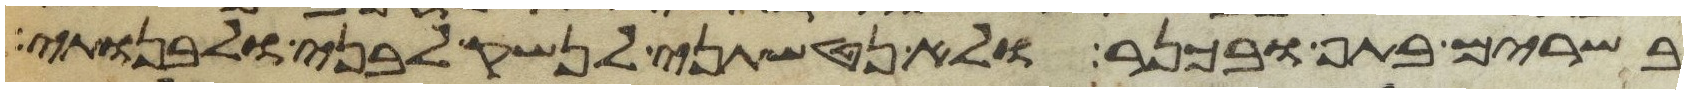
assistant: בשרים בתף ובכנר ולא נטשתני לנשק לבני ולבנותי